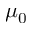
\mu _ { 0 }